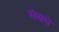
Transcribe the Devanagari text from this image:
संबधे